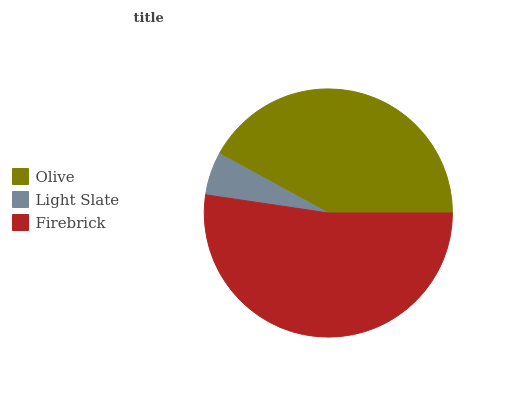
| Olive | Light Slate | Firebrick |
 | --- | --- | --- |
 | 42% | 5.6% | 52.4% |